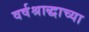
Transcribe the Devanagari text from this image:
वर्षश्राद्धाच्या